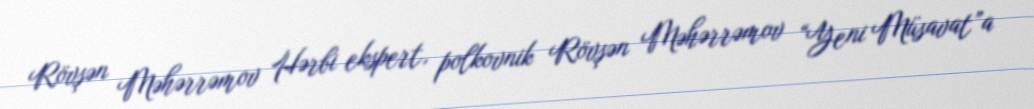
Rövşən Məhərrəmov Hərbi ekspert, polkovnik Rövşən Məhərrəmov “Yeni Müsavat”a